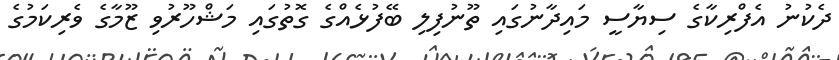
ދެކުނު އެފްރިކާގެ ސިޔާސީ މައިދާނުގައި ތޫނުފިލި ބޭފުޅެއްގެ ގޮތުގައި މަޝްހޫރުވި ޒޫމާގެ ވެރިކަމުގެ